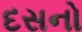
દસનો